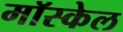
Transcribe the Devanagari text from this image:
मॉस्केल